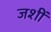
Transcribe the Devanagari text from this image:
जशीं